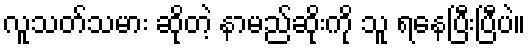
လူသတ်သမား ဆိုတဲ့ နာမည်ဆိုးကို သူ ရနေပြီးပြီပဲ။